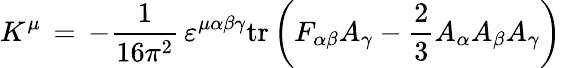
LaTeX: K^{\mu}\, =\, -\frac{1}{16\pi^{2}}\, \varepsilon^{\mu\alpha\beta\gamma}\mathrm{tr}\left(F_{\alpha\beta}A_{\gamma}-\frac{2}{3}A_{\alpha}A_{\beta}A_{\gamma}\right)\,